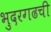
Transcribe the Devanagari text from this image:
भुदरगढची